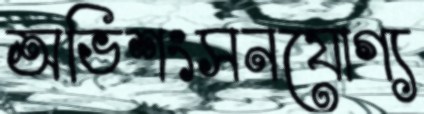
অভিশংসনযোগ্য